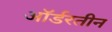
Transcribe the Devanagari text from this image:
ऑर्डरतीन